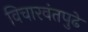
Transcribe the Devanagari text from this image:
विचारवंतपुढे